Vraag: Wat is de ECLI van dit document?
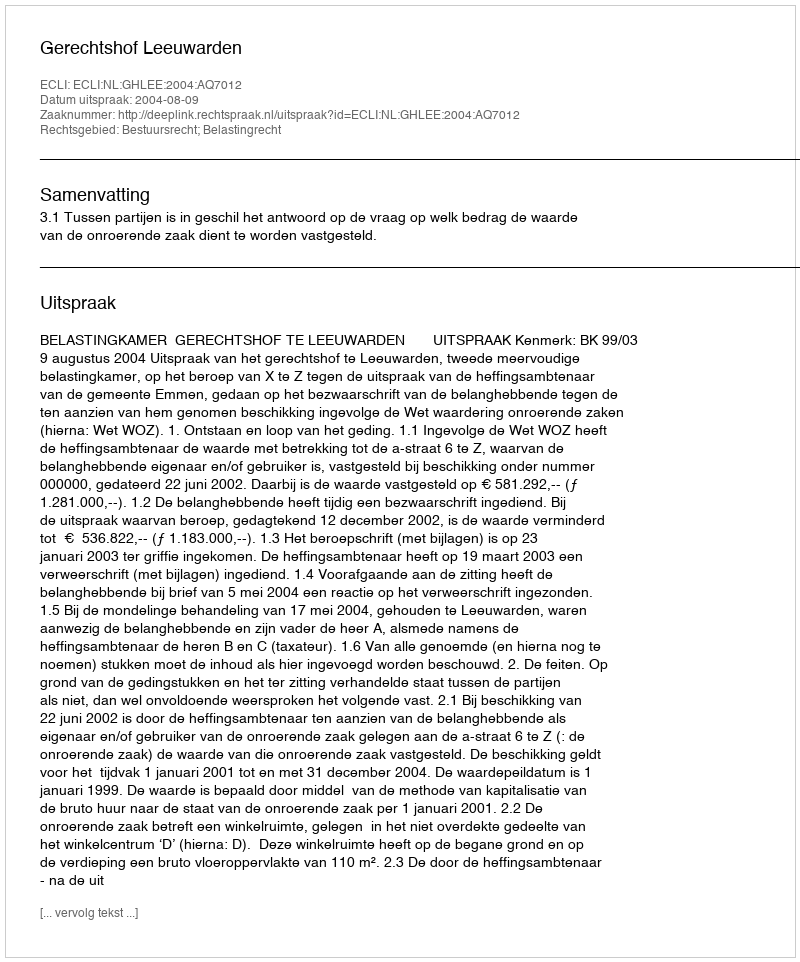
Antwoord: ECLI:NL:GHLEE:2004:AQ7012